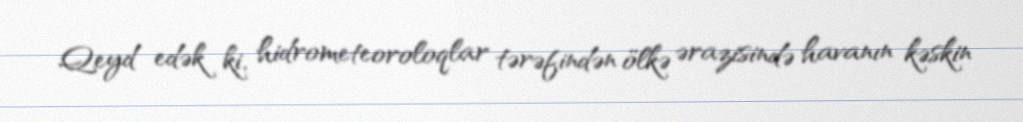
Qeyd edək ki, hidrometeoroloqlar tərəfindən ölkə ərazisində havanın kəskin